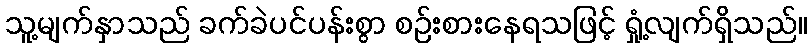
သူ့မျက်နှာသည် ခက်ခဲပင်ပန်းစွာ စဉ်းစားနေရသဖြင့် ရှုံ့လျက်ရှိသည်။